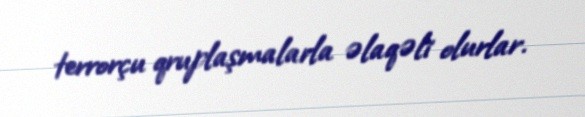
terrorçu qruplaşmalarla əlaqəli olurlar.